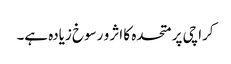
کراچی پر متحدہ کا اثر و رسوخ زیادہ ہے۔